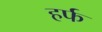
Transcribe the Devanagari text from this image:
हर्फ